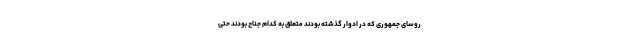
روسای جمهوری که در ادوار گذشته بودند متعلق به کدام جناح بودند حتی